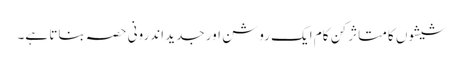
شیشوں کا متاثر کن کام ایک روشن اور جدید اندرونی حصہ بناتا ہے۔